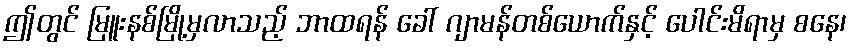
ဤတွင် မြူးနစ်မြို့မှလာသည့် ဘာထရန် ခေါ် ဂျာမန်တစ်ယောက်နှင့် ပေါင်းမိရာမှ စနေ၊